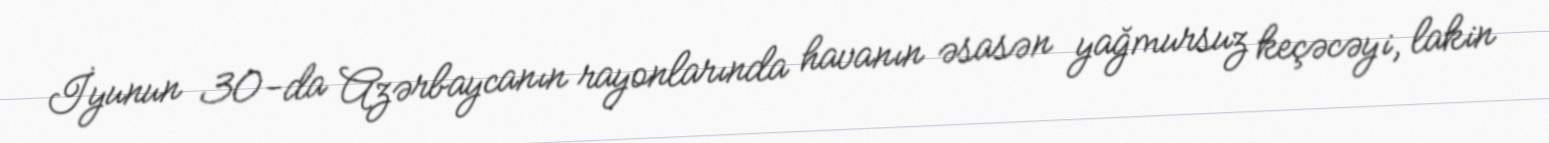
İyunun 30-da Azərbaycanın rayonlarında havanın əsasən yağmursuz keçəcəyi, lakin